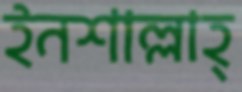
ইনশাল্লাহ্